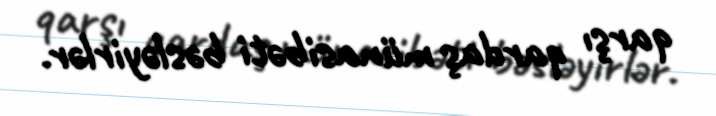
qarşı qardaş münasibəti bəsləyirlər.